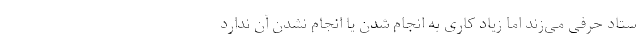
ستاد حرفی می‌زند اما زیاد کاری به انجام شدن یا انجام نشدن آن ندارد